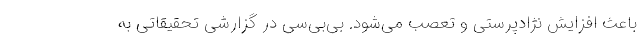
باعث افزایش نژادپرستی و تعصب می‌شود. بی‌بی‌سی در گزارشی تحقیقاتی به